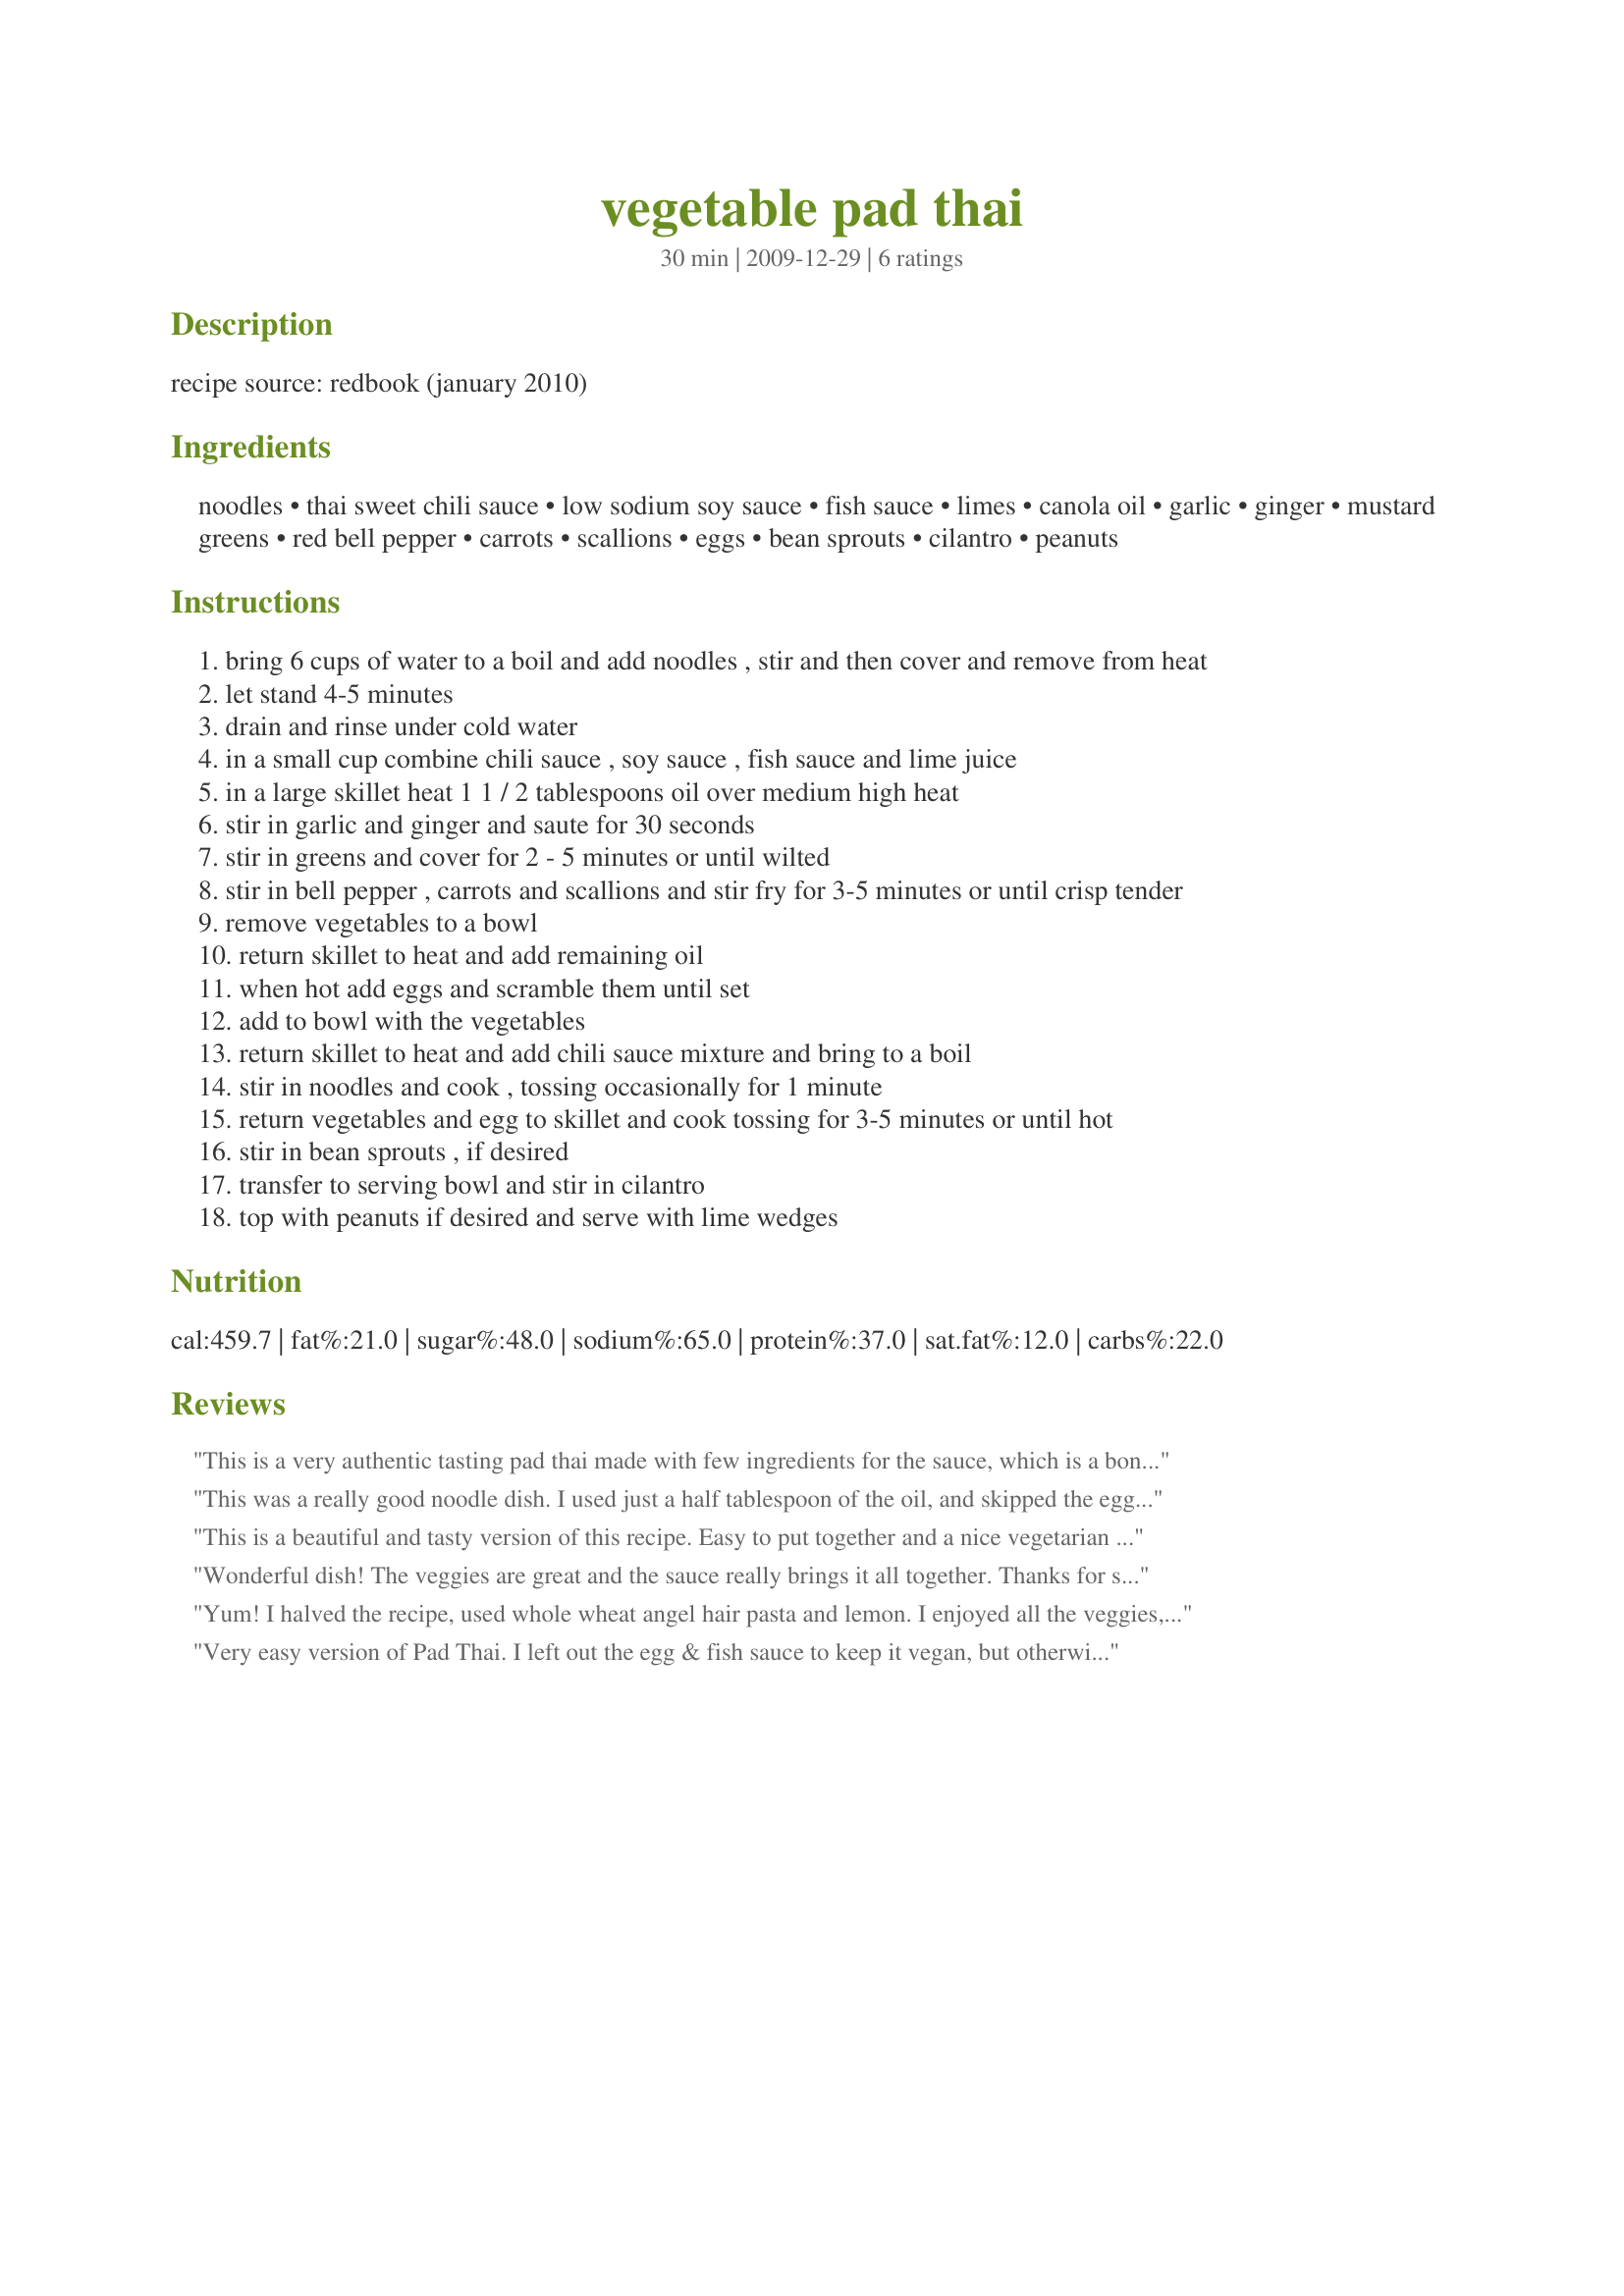
vegetable pad thai
Preparation time: 30 minutes

recipe source: redbook (january 2010)

Ingredients:
noodles, thai sweet chili sauce, low sodium soy sauce, fish sauce, limes, canola oil, garlic, ginger, mustard greens, red bell pepper, carrots, scallions, eggs, bean sprouts, cilantro, peanuts

Steps:
bring 6 cups of water to a boil and add noodles , stir and then cover and remove from heat
let stand 4-5 minutes
drain and rinse under cold water
in a small cup combine chili sauce , soy sauce , fish sauce and lime juice
in a large skillet heat 1 1 / 2 tablespoons oil over medium high heat
stir in garlic and ginger and saute for 30 seconds
stir in greens and cover for 2 - 5 minutes or until wilted
stir in bell pepper , carrots and scallions and stir fry for 3-5 minutes or until crisp tender
remove vegetables to a bowl
return skillet to heat and add remaining oil
when hot add eggs and scramble them until set
add to bowl with the vegetables
return skillet to heat and add chili sauce mixture and bring to a boil
stir in noodles and cook , tossing occasionally for 1 minute
return vegetables and egg to skillet and cook tossing for 3-5 minutes or until hot
stir in bean sprouts , if desired
transfer to serving bowl and stir in cilantro
top with peanuts if desired and serve with lime wedges

Reviews:
This is a very authentic tasting pad thai made with few ingredients for the sauce, which is a bonus! I have before made similar dish but where you needed 8 ingredients for the sauce. This is quick, delicious and healthy - just loved it! I used red and green pepper, shallot and some pork tenderloin I had left over from the other night + the eggs as listed. Tons of cilantro on top. Just YUM. Made for PRMR Tag.
This was a really good noodle dish. I used just a half tablespoon of the oil, and skipped the egg for our tastes. I used cilantro for me and basil for DH. I loved the flavor the greens brought to the dish, and that they were different from the usual veggies in this kind of recipe.
This is a beautiful and tasty version of this recipe. Easy to put together and a nice vegetarian entree. I made this for ZWT #6 and I'm a Quisine Queen.
Wonderful dish! The veggies are great and the sauce really brings it all together. Thanks for sharing! Made for Adopt a Veggie Tag
Yum! I halved the recipe, used whole wheat angel hair pasta and lemon. I enjoyed all the veggies, and had enough for 2 nice servings. Thanks Ellie! Made for Newest Zaar tag.
Very easy version of Pad Thai. I left out the egg & fish sauce to keep it vegan, but otherwise made as written (except spinach for mustard greens). Lots of flavour, I found the lime really came through and the method for cooking the rice noodles was perfect.
